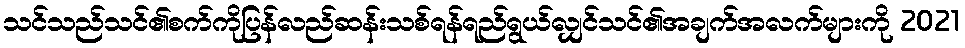
သင်သည်သင်၏စက်ကိုပြန်လည်ဆန်းသစ်ရန်ရည်ရွယ်လျှင်သင်၏အချက်အလက်များကို 2021